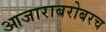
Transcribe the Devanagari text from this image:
आजाराबरोबरच